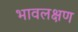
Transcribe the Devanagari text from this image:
भावलक्षण